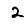
Digit: 2